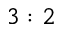
3 : 2